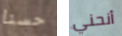
حسنا أنحني